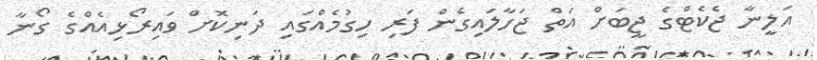
އަލީނާ ޖެކެޓްގެ ޖީބަށް އަތް ޖަހާލައިގެން ފަރި ހިގުމެއްގައި ދަނިކޮށް ވައިރޯޅިއެއްގެ ގޯނާ